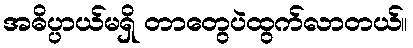
အဓိပ္ပာယ်မရှိ တာတွေပဲထွက်လာတယ်။